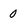
Character: 0